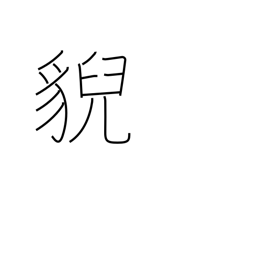
Meaning: wild beast